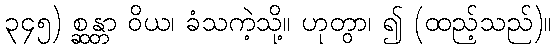
၃၄၅) စ္ဆန္တာ ဝိယ၊ ခံသကဲ့သို့။ ဟုတွာ၊ ၍ (ထည့်သည်)။